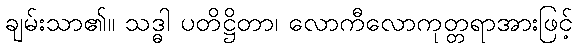
ချမ်းသာ၏။ သဒ္ဓါ ပတိဋ္ဌိတာ၊ လောကီလောကုတ္တရာအားဖြင့်